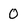
Character: 0